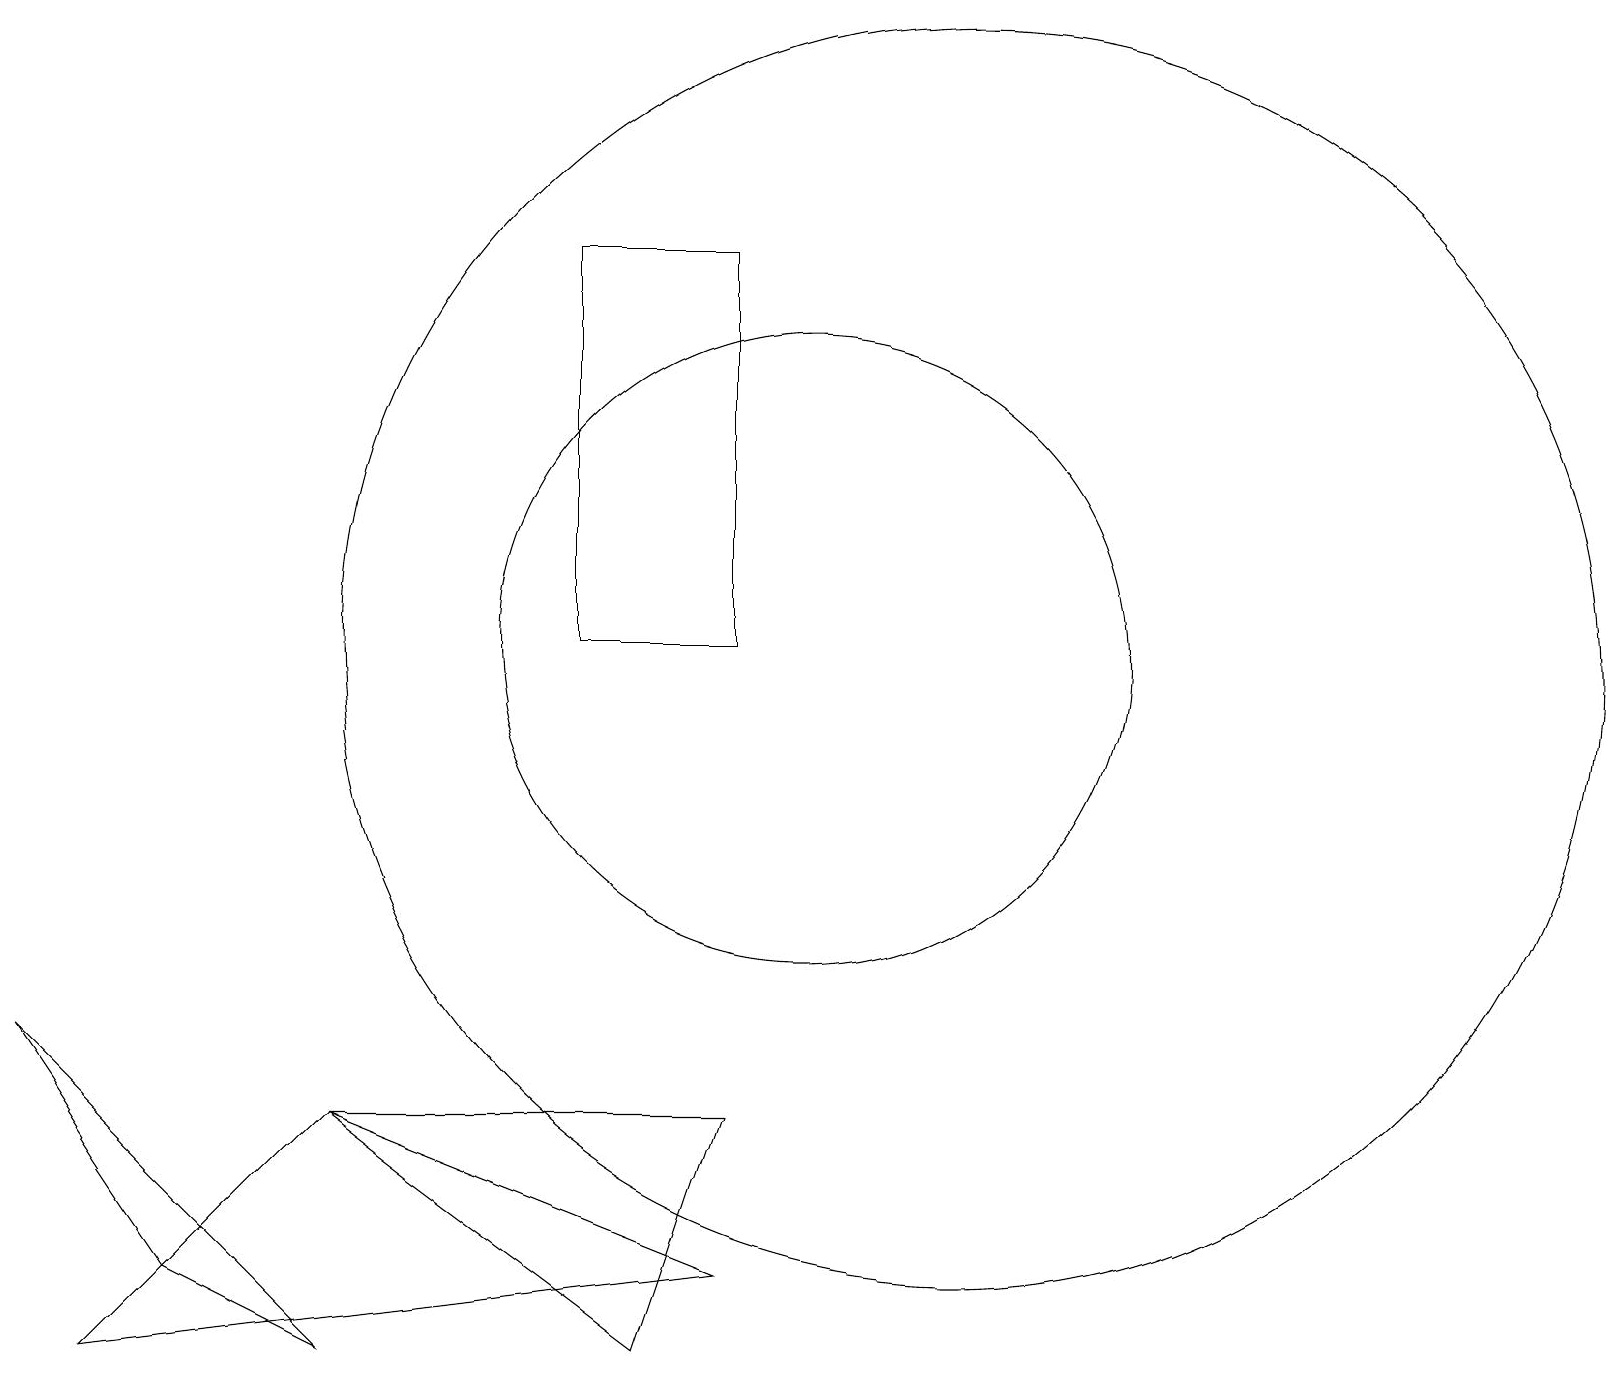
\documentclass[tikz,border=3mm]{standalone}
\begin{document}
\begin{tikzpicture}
\draw (12,11) circle (8);
\draw (11,11) circle (0);
\draw (0,6) -- (2,3) -- (4,2) -- cycle;
\draw (1,2) -- (4,5) -- (9,3) -- cycle;
\draw (9,5) -- (4,5) -- (8,2) -- cycle;
\draw (10,11) circle (4);
\draw (7,16) rectangle (9,11);
\draw (11,10) circle (0);
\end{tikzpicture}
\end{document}